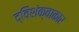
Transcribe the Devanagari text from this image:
द्विशंक्वाकार